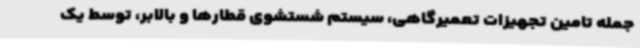
جمله تامین تجهیزات تعمیرگاهی، سیستم شستشوی قطارها و بالابر، توسط یک